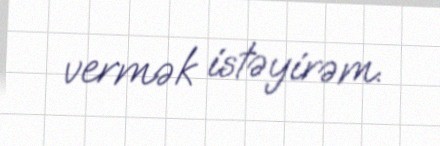
vermək istəyirəm.